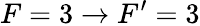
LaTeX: F=3\rightarrow F^{\prime}=3